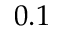
0 . 1